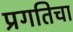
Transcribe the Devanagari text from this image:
प्रगतिचा